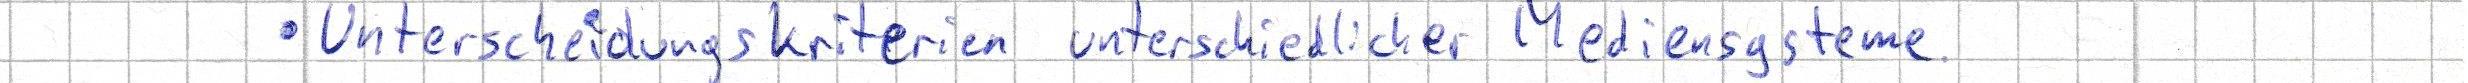
- Unterscheidungskriterien unterschiedlicher Mediensysteme